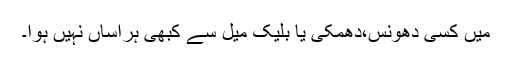
میں کسی دھونس،دھمکی یا بلیک میل سے کبھی ہراساں نہیں ہوا۔